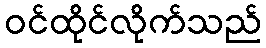
ဝင်ထိုင်လိုက်သည်